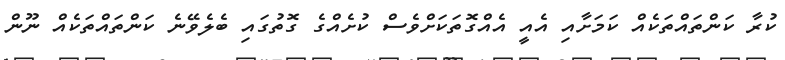
ކުރާ ކަންތައްތަކެއް ކަމަށާއި އެއީ އެއްގޮތަކަށްވެސް ކުށެއްގެ ގޮތުގައި ބެލެވޭނެ ކަންތައްތަކެއް ނޫން